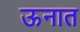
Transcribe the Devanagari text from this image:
ऊनात